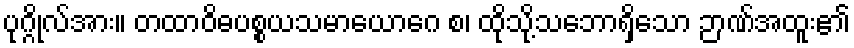
ပုဂ္ဂိုလ်အား။ တထာဝိဓပစ္စယသမာယောဂေ စ၊ ထိုသို့သဘောရှိသော ဉာဏ်အထူး၏